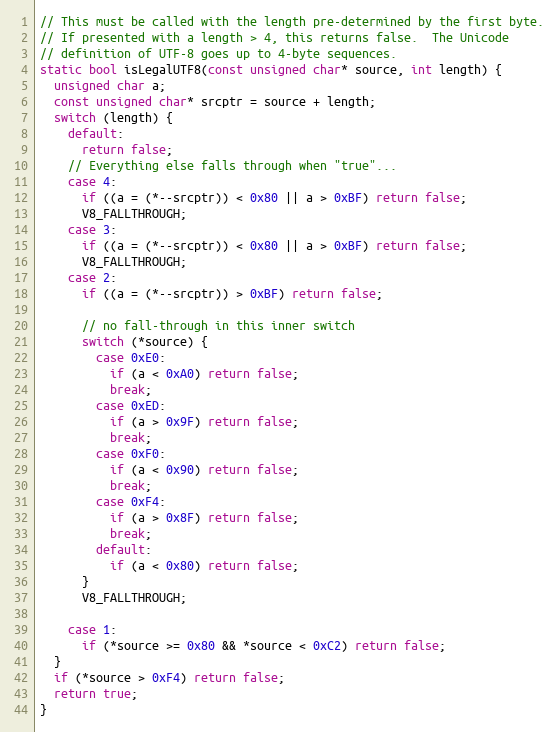
Language: C++
// This must be called with the length pre-determined by the first byte.
// If presented with a length > 4, this returns false.  The Unicode
// definition of UTF-8 goes up to 4-byte sequences.
static bool isLegalUTF8(const unsigned char* source, int length) {
  unsigned char a;
  const unsigned char* srcptr = source + length;
  switch (length) {
    default:
      return false;
    // Everything else falls through when "true"...
    case 4:
      if ((a = (*--srcptr)) < 0x80 || a > 0xBF) return false;
      V8_FALLTHROUGH;
    case 3:
      if ((a = (*--srcptr)) < 0x80 || a > 0xBF) return false;
      V8_FALLTHROUGH;
    case 2:
      if ((a = (*--srcptr)) > 0xBF) return false;

      // no fall-through in this inner switch
      switch (*source) {
        case 0xE0:
          if (a < 0xA0) return false;
          break;
        case 0xED:
          if (a > 0x9F) return false;
          break;
        case 0xF0:
          if (a < 0x90) return false;
          break;
        case 0xF4:
          if (a > 0x8F) return false;
          break;
        default:
          if (a < 0x80) return false;
      }
      V8_FALLTHROUGH;

    case 1:
      if (*source >= 0x80 && *source < 0xC2) return false;
  }
  if (*source > 0xF4) return false;
  return true;
}